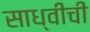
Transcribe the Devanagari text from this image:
साध्वीची